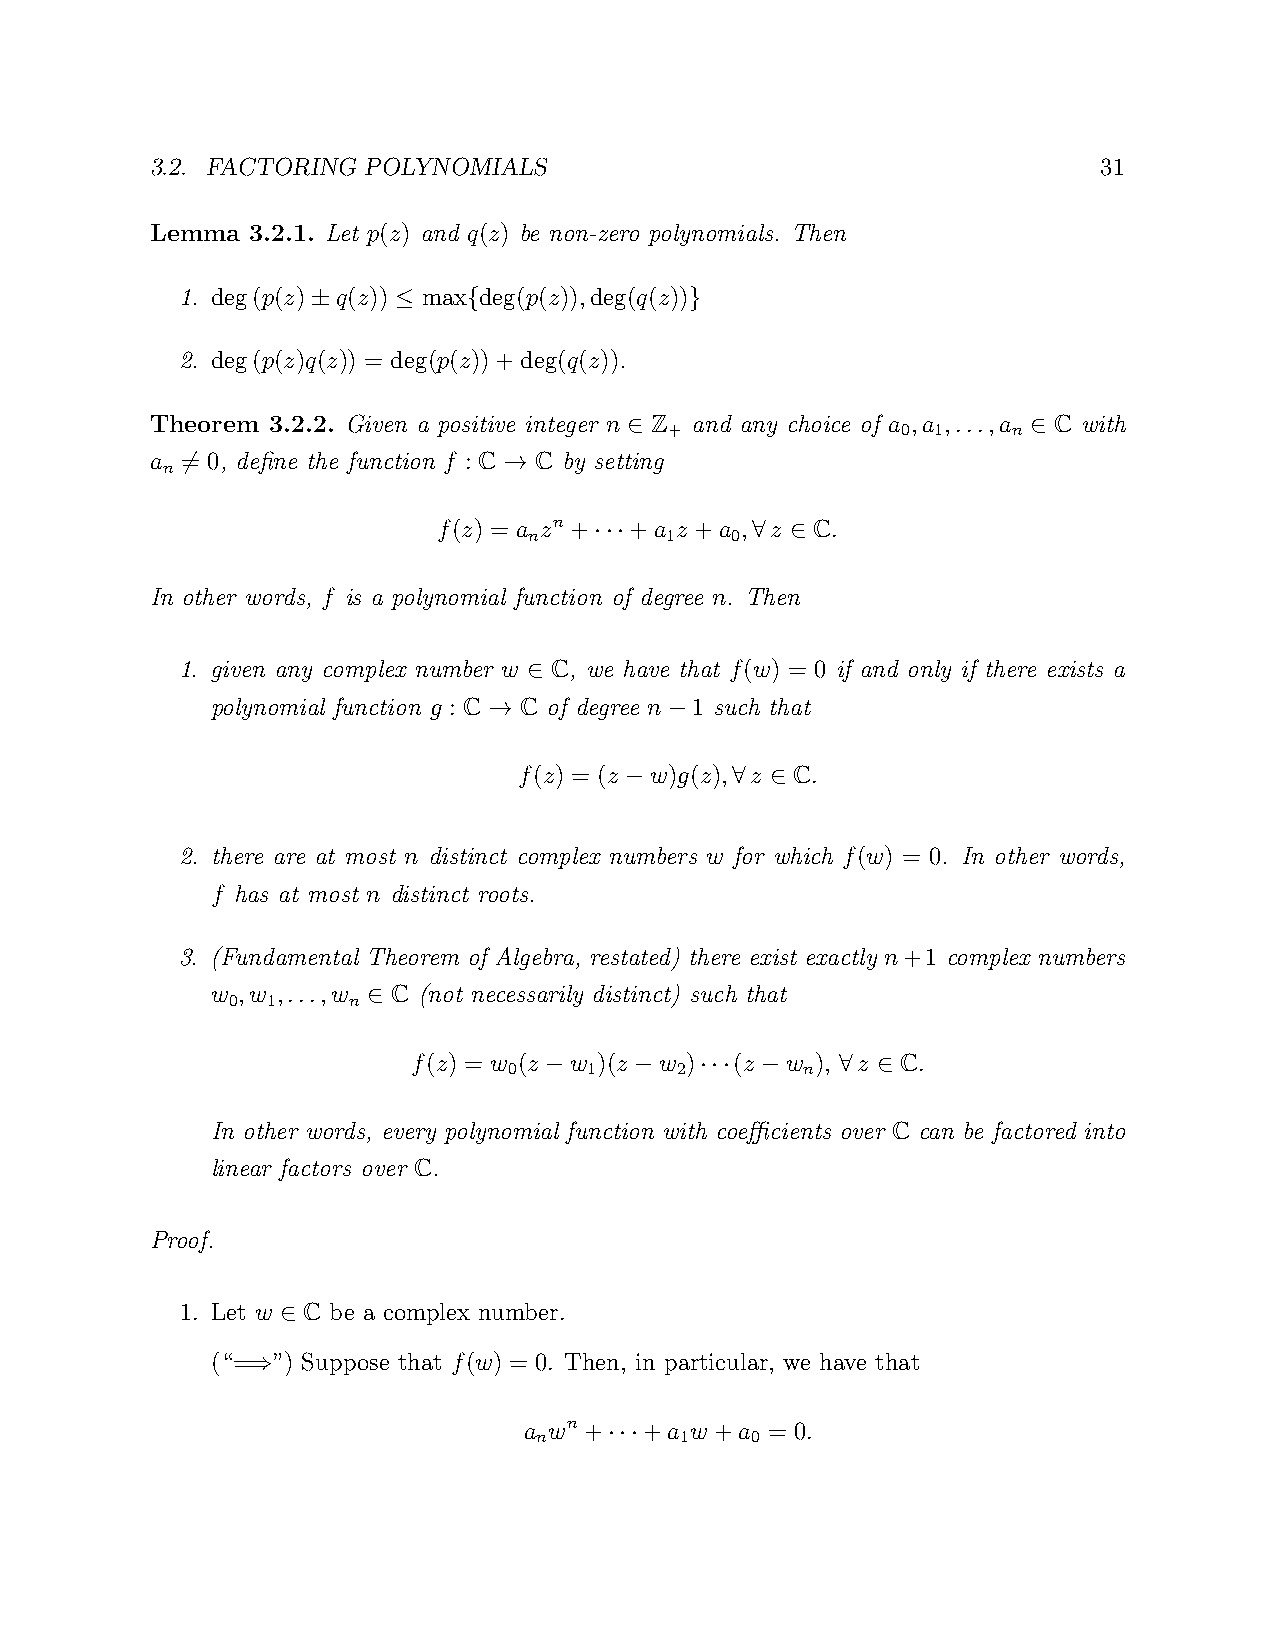
3.2. FACTORING POLYNOMIALS                                     31
 Lemma  3.2.1. Let p(z) and q(z) be non-zero polynomials. Then
 1. deg(p(z) q(z)) max deg(p(z)),deg(q(z))
 ±    ≤    {              }
 2. deg(p(z)q(z)) = deg(p(z))+deg(q(z)).
 Theorem 3.2.2. Given a positive integer n Z and any choice of a ,a ,...,a C with
 +               0 1    n
 ∈                         ∈
 a = 0, define the function f : C C by setting
 n
 6                    →
 f(z) = a zn + +a z +a , z C.
 n        1   0
 ···        ∀ ∈
 In other words, f is a polynomial function of degree n. Then
 1. given any complex number w C, we have that f(w) = 0 if and only if there exists a
 ∈
 polynomial function g : C C of degree n 1 such that
 →           −
 f(z) = (z w)g(z), z C.
 −      ∀  ∈
 2. there are at most n distinct complex numbers w for which f(w) = 0. In other words,
 f has at most n distinct roots.
 3. (Fundamental Theorem of Algebra, restated) there exist exactly n+1 complex numbers
 w ,w ,...,w C (not necessarily distinct) such that
 0  1    n
 ∈
 f(z) = w (z w )(z w ) (z w ), z  C.
 0    1     2       n
 −     −   ··· −     ∀ ∈
 In other words, every polynomial function with coefficients over C can be factored into
 linear factors over C.
 Proof.
 1. Let w C be a complex number.
 ∈
 (“= ”) Suppose that f(w) = 0. Then, in particular, we have that
 ⇒
 a wn +  +a w +a = 0.
 n        1    0
 ···